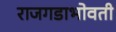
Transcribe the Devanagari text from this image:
राजगडाभोवती